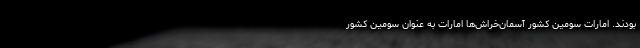
بودند. امارات سومین کشور آسمان‌خراش‌ها امارات به عنوان سومین کشور